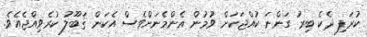
ކުރަފި ދެކެ ބިރު ގަންނަ ކުއްޖަކަށް ވުމުން އެންމެނަށްވެސް އެކަން ޤަބޫލު ކުރެވިއްޖެއެވެ.